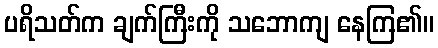
ပရိသတ်က ချက်ကြီးကို သဘောကျ နေကြ၏။